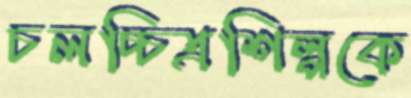
চলচ্চিত্রশিল্পকে